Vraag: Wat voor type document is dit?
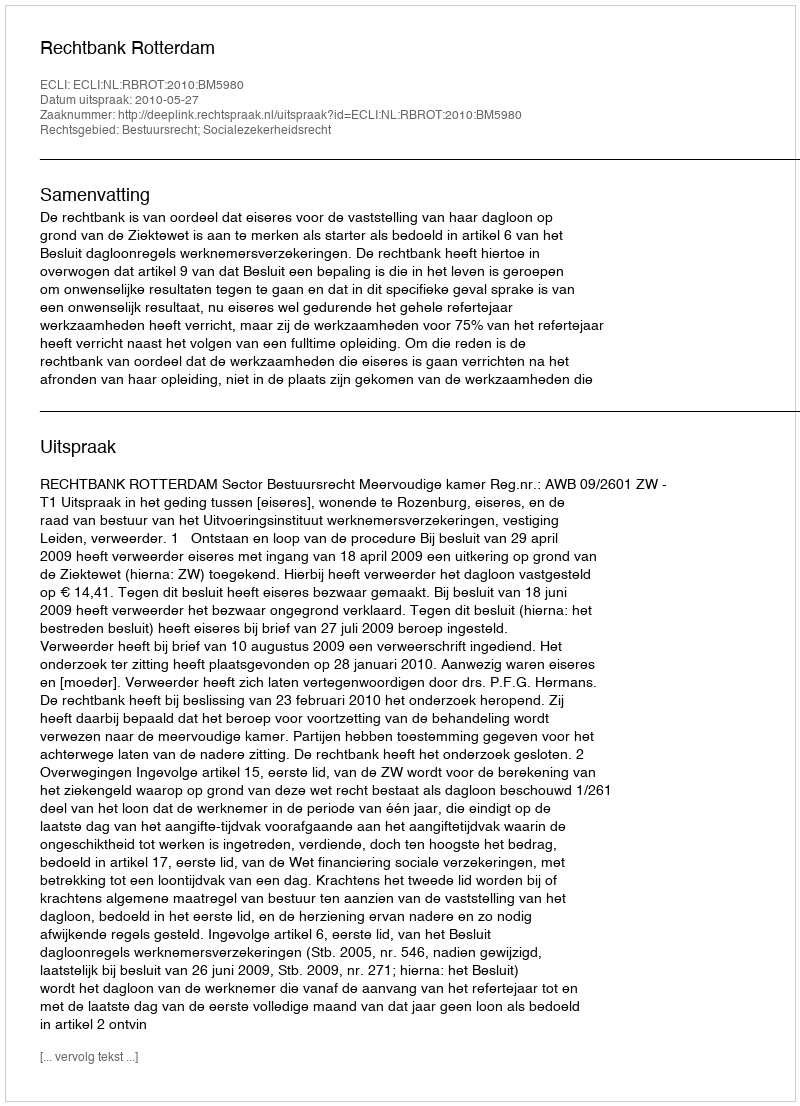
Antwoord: Uitspraak